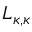
L _ { \kappa , \kappa }